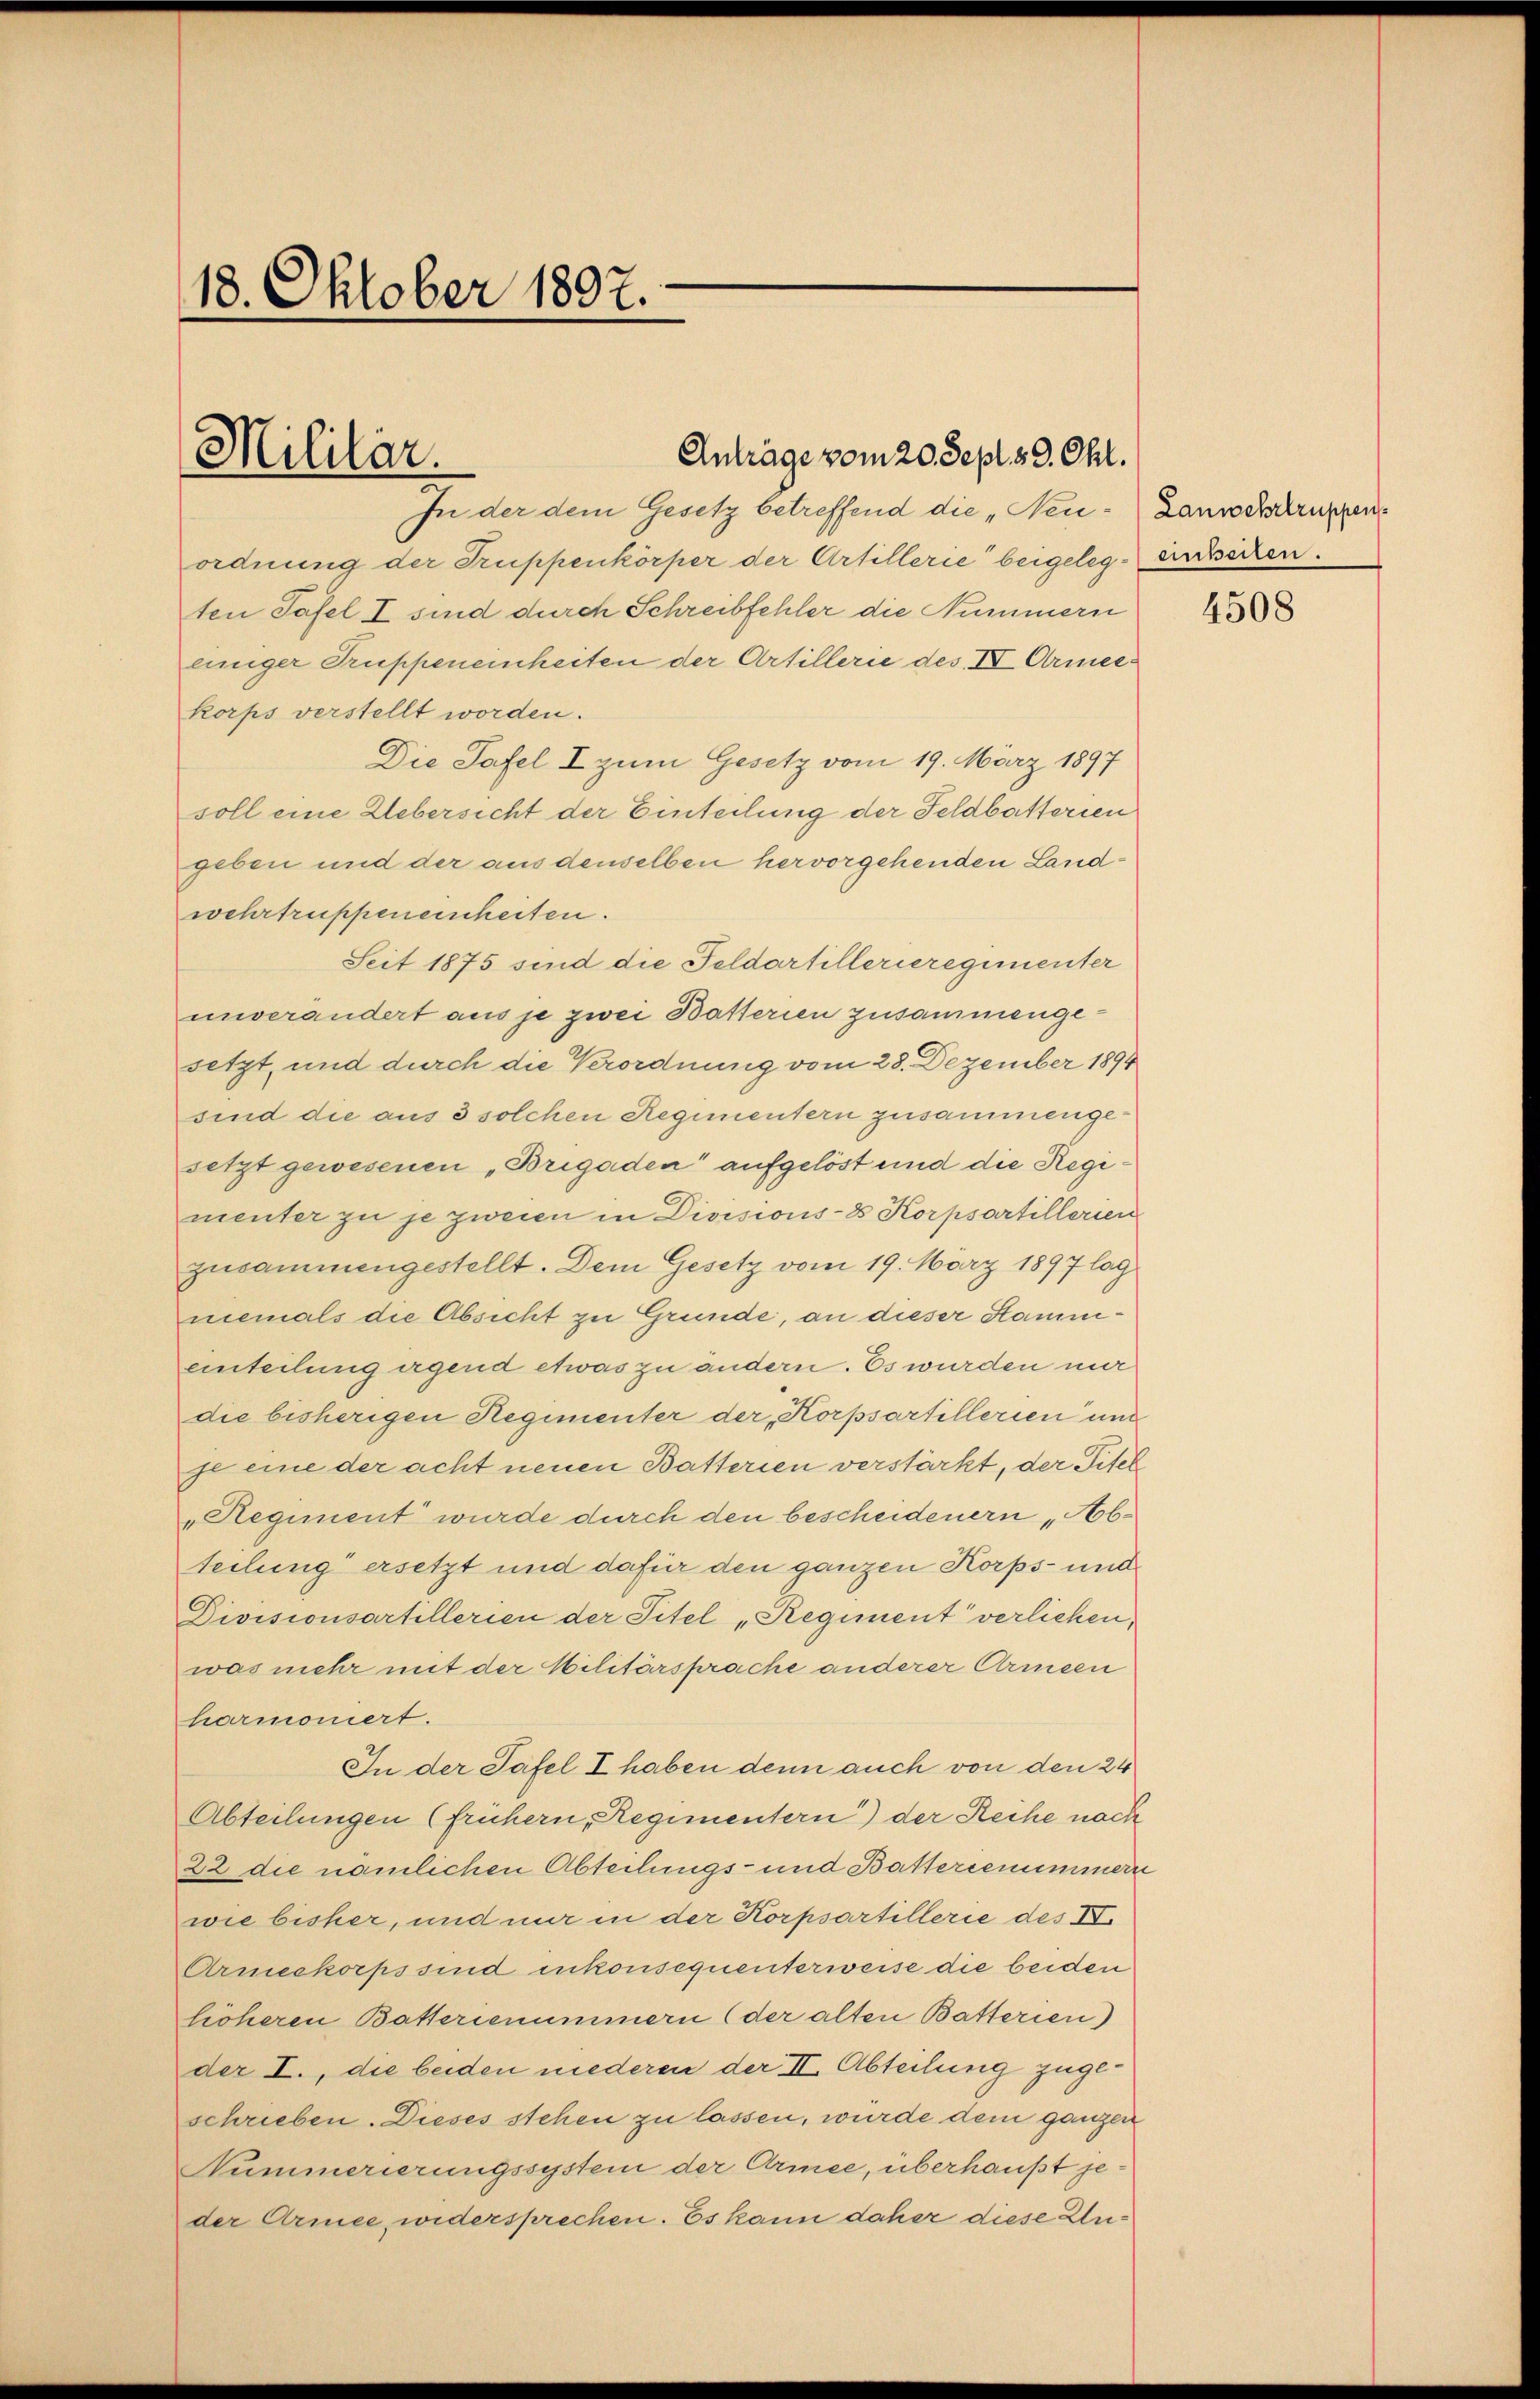
18. Oktober 1892.

Militär.

Anträge vom 20. Sept. 39. Chr.
In der dem Gesetz betreffend die „Neu- Lanwochstruppen¬

ordnung der Truppenkörper der Artillerie beigelege einssecken.
ten Tafel I sind durch Schreibfehler die Nummern
einiger Truppeneinheiten der Artillerie des IV Armeekorps verstellt worden.
Die Tafel I zum Gesetz vom 19. März 1897
soll eine Uebersicht der Einteilung der Feldbatterien
geben und der aus denselben hervorgehenden Landwehrtruppeneischeiten.
Seit 1875 sind die Feldartillerieregimenter
unverändert aus je zwei Batterien zusammengesetzt, und durch die Verordnung vom 28. Dezember 1894
sind die aus 3 solchen Regimentern zusammengesetzt gewesenen „Brigaden" aufgelöst und die Regimenter zu je zweien in Divisions-8 Korpsartillerien
zusammengestellt. Dem Gesetz vom 19. März 1897 lag
niemals die Absicht zu Grunde, an dieser Stammeinteilung irgend etwas zu ändern. Es wurden nur
die bisherigen Regimenter der Korpsartillerien und
je eine der acht neuen Batterien verstärkt, der Titel
„Regiment wurde durch den bescheidenern „Abteilung ersetzt und dafür den ganzen Korps- und
Divisionsartillerien der Titel „Regiment verlichen,
was mehr mit der Militärsprache anderer Armeen
harmoniert.
In der Tafel I haben denn auch von den 24
Abteilungen (frühern, Regimentern) der Reihe nach
22 die nämlichen Abteilungs- und Batterienimmern
wie bisher, und nur in der Korpsartillerie des IV.
Armeekorps sind inkonsequenterweise die beiden
licheren Batterienummern (der alten Batterien)
der I., die beiden niederen der II. Abteilung zugeschrieben. Dieses stehen zu lassen, wurde dem ganzen
Nummerierungssystem der Armee, überhaupt jeder Armee, widersprechen. Es kann daher diese Un¬

4508